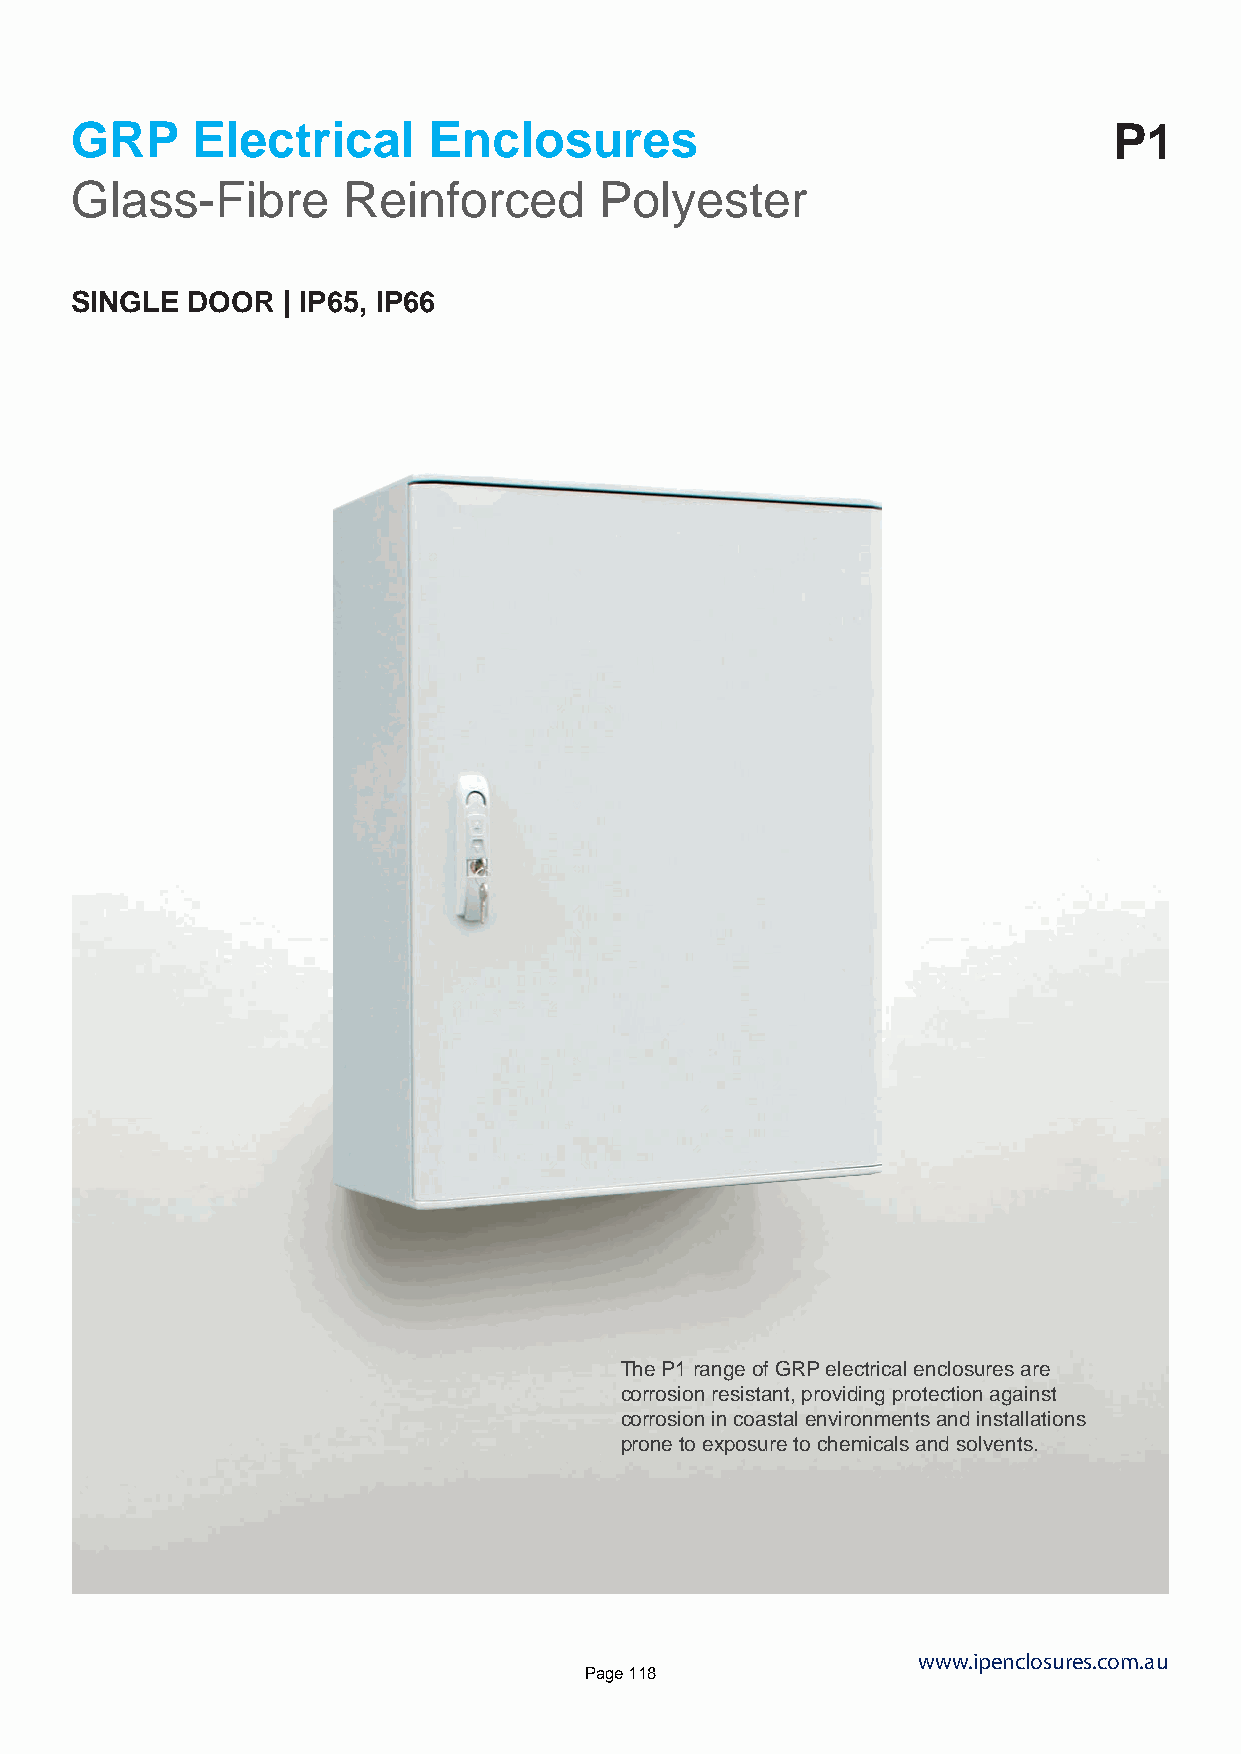
GRP     Electrical     Enclosures                                    P1
 Glass-Fibre       Reinforced       Polyester
 SINGLE DOOR   | IP65, IP66
 The P1 range of GRP electrical enclosures are
 corrosion resistant, providing protection against
 corrosion in coastal environments and installations
 prone to exposure to chemicals and solvents.
 www.ipenclosures.com.au
 Page 118